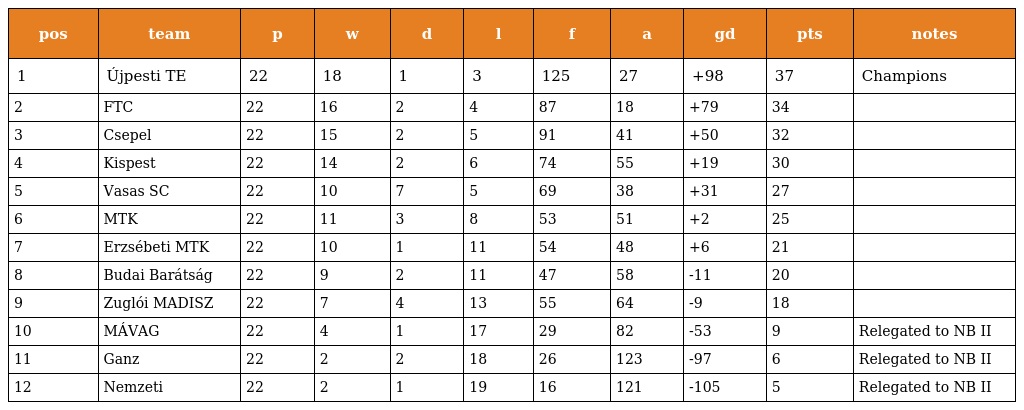
| pos | team | p | w | d | l | f | a | gd | pts | notes |
 | --- | --- | --- | --- | --- | --- | --- | --- | --- | --- | --- |
 | 1 | Újpesti TE | 22 | 18 | 1 | 3 | 125 | 27 | +98 | 37 | Champions |
 | 2 | FTC | 22 | 16 | 2 | 4 | 87 | 18 | +79 | 34 |  |
 | 3 | Csepel | 22 | 15 | 2 | 5 | 91 | 41 | +50 | 32 |  |
 | 4 | Kispest | 22 | 14 | 2 | 6 | 74 | 55 | +19 | 30 |  |
 | 5 | Vasas SC | 22 | 10 | 7 | 5 | 69 | 38 | +31 | 27 |  |
 | 6 | MTK | 22 | 11 | 3 | 8 | 53 | 51 | +2 | 25 |  |
 | 7 | Erzsébeti MTK | 22 | 10 | 1 | 11 | 54 | 48 | +6 | 21 |  |
 | 8 | Budai Barátság | 22 | 9 | 2 | 11 | 47 | 58 | -11 | 20 |  |
 | 9 | Zuglói MADISZ | 22 | 7 | 4 | 13 | 55 | 64 | -9 | 18 |  |
 | 10 | MÁVAG | 22 | 4 | 1 | 17 | 29 | 82 | -53 | 9 | Relegated to NB II |
 | 11 | Ganz | 22 | 2 | 2 | 18 | 26 | 123 | -97 | 6 | Relegated to NB II |
 | 12 | Nemzeti | 22 | 2 | 1 | 19 | 16 | 121 | -105 | 5 | Relegated to NB II |